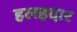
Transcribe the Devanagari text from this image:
हलहदार